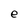
Character: e